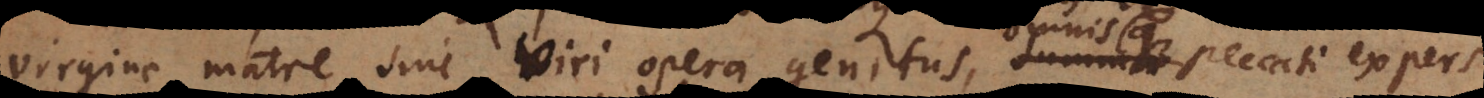
virgine matre sine viri opera genitus, summa